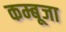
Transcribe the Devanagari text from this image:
कम्बूजा